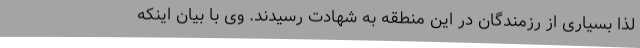
لذا بسیاری از رزمندگان در این منطقه به شهادت رسیدند. وی با بیان اینکه